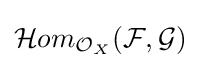
{\mathcal {H}}om_{{\mathcal {O}}_{X}}({\mathcal {F}},{\mathcal {G}})